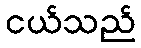
ငယ်သည်